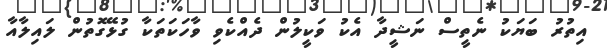
އިތުރު ބަޔަކު ނެތީސް ނަޝީދާ އެކު ވަކީލުން ދެއްކެވި ވާހަކަތަކާ ގުޅޭގޮތުން ލައިލާއާ